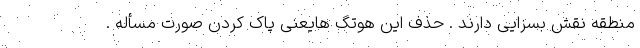
منطقه نقش بسزایی دارند . حذف این هوتگ هایعنی پاک کردن صورت مسأله .